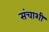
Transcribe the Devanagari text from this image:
संचाशी